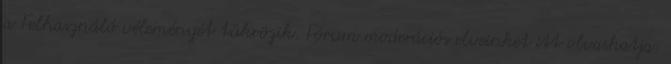
a Felhasználó véleményét tükrözik. Fórum moderációs elveinket itt olvashatja: